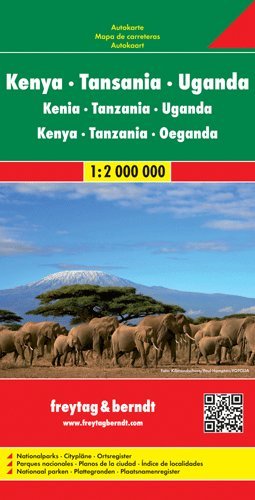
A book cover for Kenya, Uganda, Tanzania, Rwanda & Burundi 1:2,000,000 Travel Map with city plans, 2012 edition; Freytag; Travel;